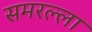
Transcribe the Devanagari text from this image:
समरल्ला